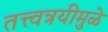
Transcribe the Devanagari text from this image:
तत्त्वत्रयीमुळे